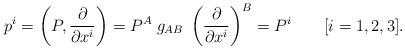
LaTeX: \begin{align*}p^i = \left(P,{\partial\over\partial x^i}\right) = P^A \; g_{AB} \; \left({\partial\over\partial x^i}\right)^B = P^i \qquad [i=1,2,3].\end{align*}